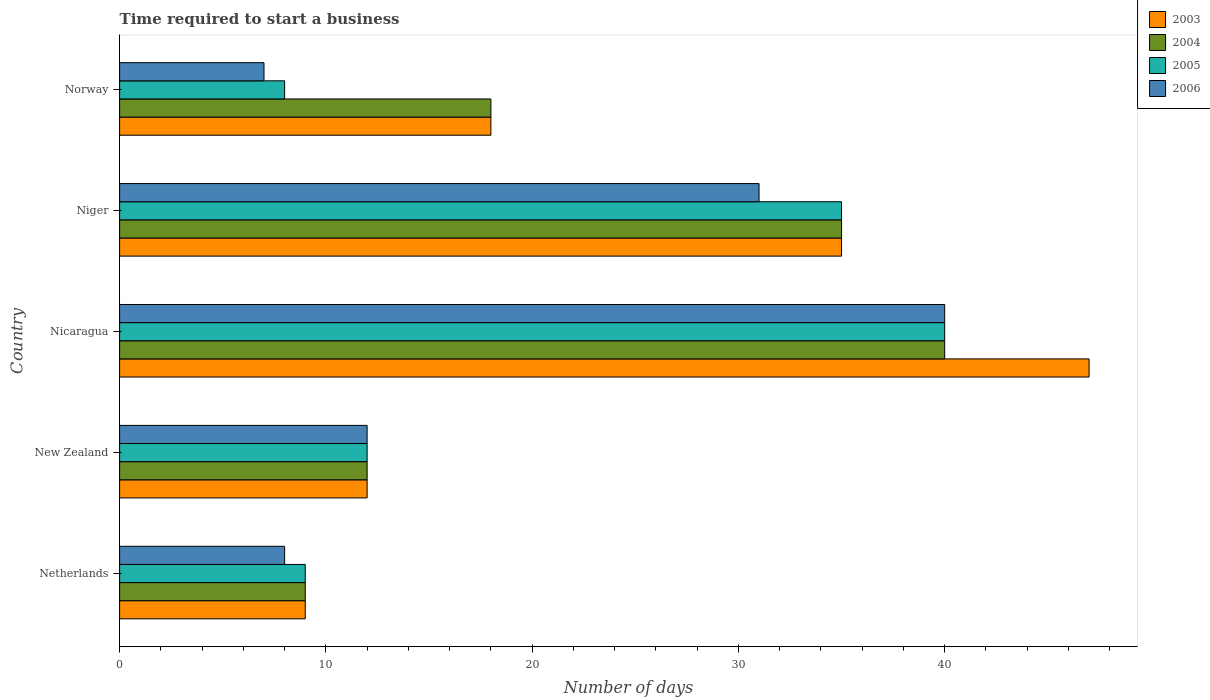
| Country | 2003 | 2004 | 2005 | 2006 |
 | --- | --- | --- | --- | --- |
 | Netherlands | 9 | 9 | 9 | 8 |
 | New Zealand | 12 | 12 | 12 | 12 |
 | Nicaragua | 47 | 40 | 40 | 40 |
 | Niger | 35 | 35 | 35 | 31 |
 | Norway | 18 | 18 | 8 | 7 |